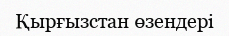
Қырғызстан өзендері